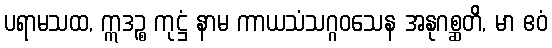
ပရာမသထ, ဣဒဉ္စ ကုဋ္ဌံ နာမ ကာယသံသဂ္ဂဝသေန အနုဂစ္ဆတိ, မာ ဧဝံ